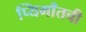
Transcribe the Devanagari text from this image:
प्यिमाँतची